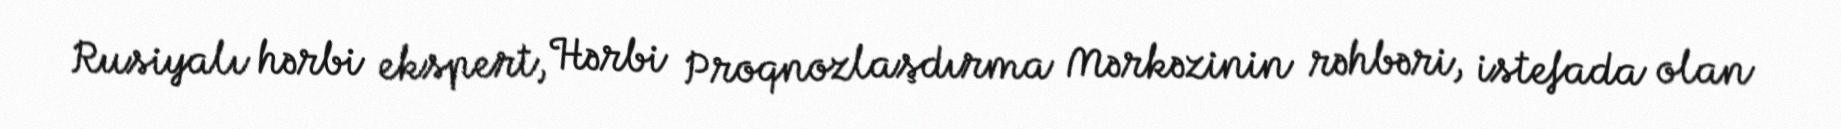
Rusiyalı hərbi ekspert, Hərbi Proqnozlaşdırma Mərkəzinin rəhbəri, istefada olan